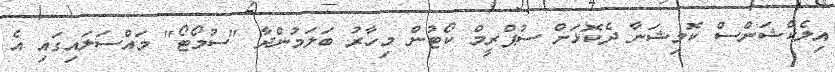
އިލެކްޝަންސް ކޮމިޝަނާ ދެކޮޅަށް ސުޕްރީމް ކޯޓުން މިހާރު ބަލަމުންދާ "ސުމޯޓޯ" މައްސަލައިގައި އެ